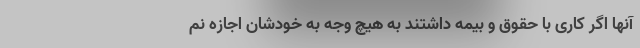
آنها اگر کاری با حقوق و بیمه داشتند به هیچ وجه به خودشان اجازه نم